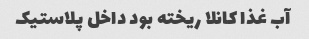
آب غذا کانلا ریخته بود داخل پلاستیک